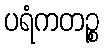
ပရံကတဉ္စ